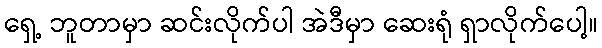
ရှေ့ ဘူတာမှာ ဆင်းလိုက်ပါ အဲဒီမှာ ဆေးရုံ ရှာလိုက်ပေါ့။